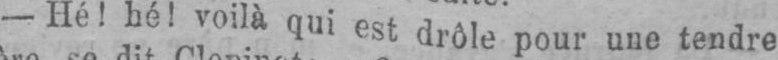
- Hé! hé! voilà qui est drôle pour une tendre